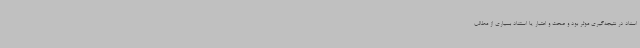
اسناد در نتیجه‌گیری موثر بود و صحت و اعتبار یا استناد بسیاری از مطالب